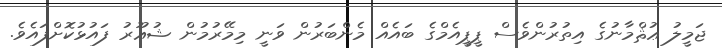
ޖަމީލު ޢުޘްމާނުގެ އިތުރުންވެސް ޕީޕީއެމްގެ ބައެއް މެންބަރުން ވަނީ މިމޭރުމުން ޝުޢޫރު ފައުޅުކޮށްފައެވެެ.